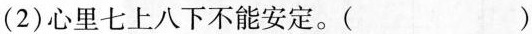
(2)心里七上八下不能安定。()